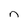
Character: n